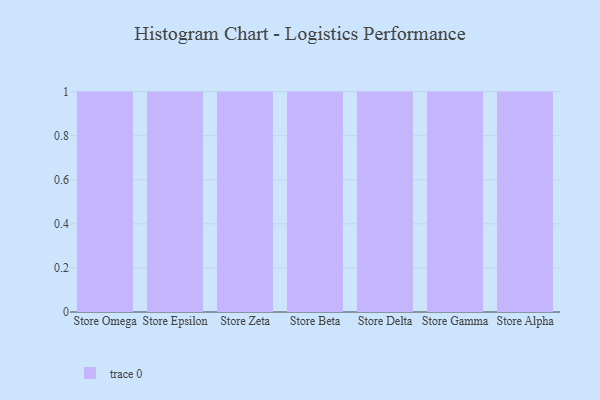
{"axis": {"x": "Store", "y": "Gross Profit (USD K)"}, "legend": [""], "data": [{"x": "Store Omega", "y": 61, "type": ""}, {"x": "Store Epsilon", "y": 14, "type": ""}, {"x": "Store Zeta", "y": 76, "type": ""}, {"x": "Store Beta", "y": 11, "type": ""}, {"x": "Store Delta", "y": 52, "type": ""}, {"x": "Store Gamma", "y": 92, "type": ""}, {"x": "Store Alpha", "y": 99, "type": ""}]}